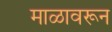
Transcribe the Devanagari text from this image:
माळावरून